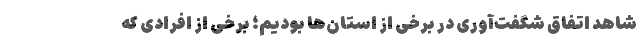
شاهد اتفاق شگفت‌آوری در برخی از استان‌ها بودیم؛ برخی از افرادی که